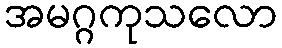
အမဂ္ဂကုသလော